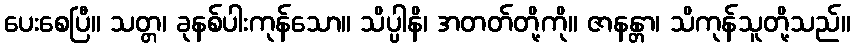
ပေးစေပြီ။ သတ္တ၊ ခုနစ်ပါးကုန်သော။ သိပ္ပါနိ၊ အတတ်တို့ကို။ ဇာနန္တာ၊ သိကုန်သူတို့သည်။